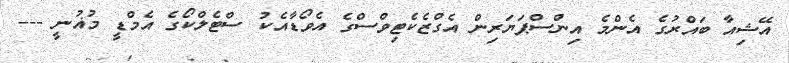
އޭޝިއާ ބައްރުގެ އެންމެ އިންސްޕަޔަރިން އެގްޒެކެޓިވްސްގެ އެވޯޑާއެކު ސްޓެލްކޯގެ އެމްޑީ މުޣުނީ ---